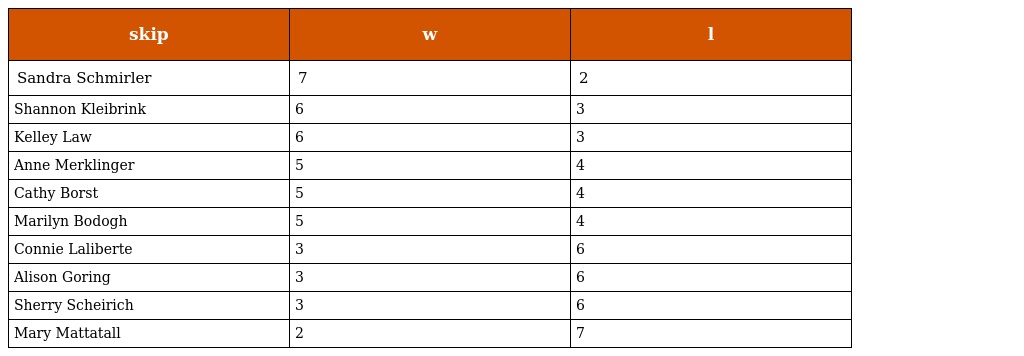
| skip | w | l |
 | --- | --- | --- |
 | Sandra Schmirler | 7 | 2 |
 | Shannon Kleibrink | 6 | 3 |
 | Kelley Law | 6 | 3 |
 | Anne Merklinger | 5 | 4 |
 | Cathy Borst | 5 | 4 |
 | Marilyn Bodogh | 5 | 4 |
 | Connie Laliberte | 3 | 6 |
 | Alison Goring | 3 | 6 |
 | Sherry Scheirich | 3 | 6 |
 | Mary Mattatall | 2 | 7 |